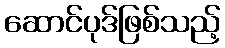
ဆောင်ပုဒ်ဖြစ်သည့်